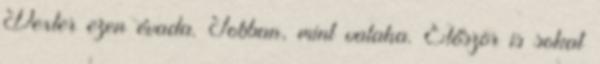
Dexter ezen évada. Jobban, mint valaha. Először is sokat